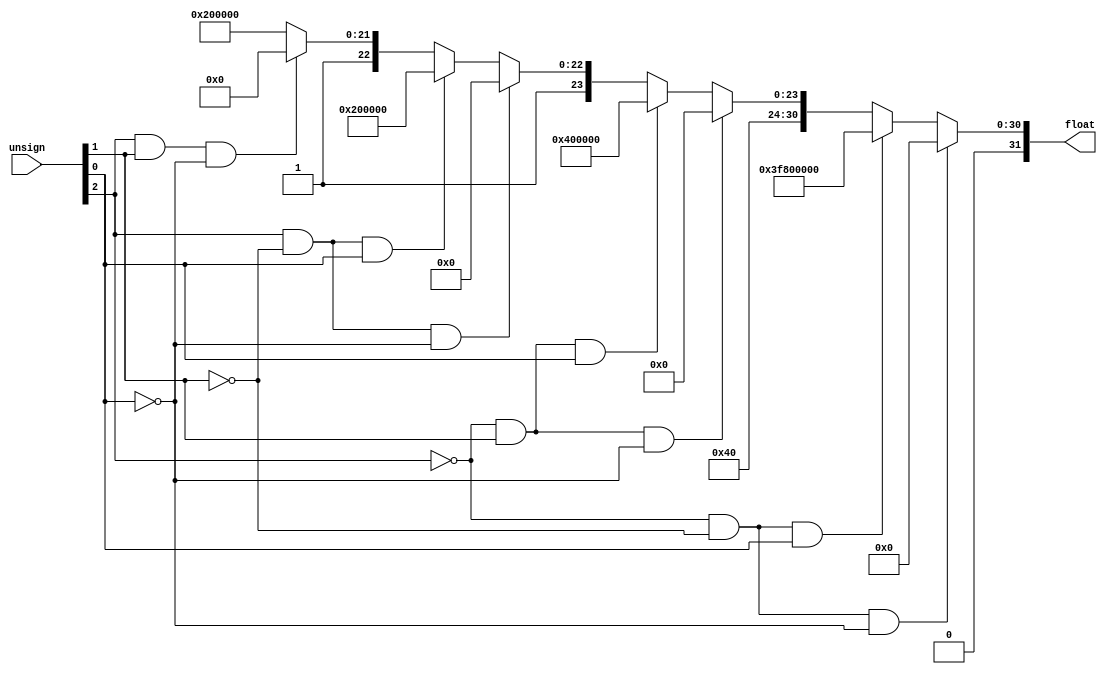
   module ufc(float,unsign);
    output [31:0]float;
    input [2:0]unsign;
    
    wire check_1,check_2,check_3,check_4,check_5,check_6,check_0;


    assign check_0=(~unsign[2])&(~unsign[1])&(~unsign[0]);
    assign check_1=(~unsign[2])&(~unsign[1])&(unsign[0]);
    assign check_2=(~unsign[2])&(unsign[1])&(~unsign[0]);
    assign check_3=(~unsign[2])&(unsign[1])&(unsign[0]);
    assign check_4=(unsign[2])&(~unsign[1])&(~unsign[0]);
    assign check_5=(unsign[2])&(~unsign[1])&(unsign[0]);
    assign check_6=(unsign[2])&(unsign[1])&(~unsign[0]);

    
    assign float = check_0?32'h00000000:(
        check_1?32'h3F800000:(
            check_2?32'h40000000:(
                check_3?32'h40400000:(
                    check_4?32'h40800000:(
                        check_5?32'h40A00000:(
                            check_6?32'h40C00000:32'h40E00000
                        )
                    )
                )
            )
        )
    );
    


endmodule